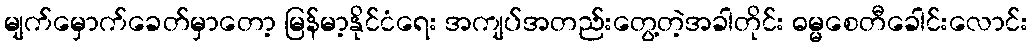
မျက်မှောက်ခေတ်မှာတော့ မြန်မာ့နိုင်ငံရေး အကျပ်အတည်းတွေ့တဲ့အခါတိုင်း ဓမ္မစေတီခေါင်းလောင်း